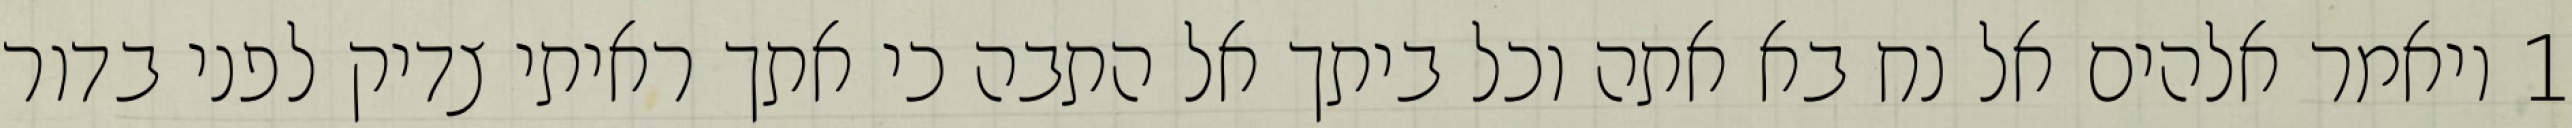
1 ויאמר אלהים אל נח בא אתה וכל ביתך אל התבה כי אתך ראיתי צדיק לפני בדור